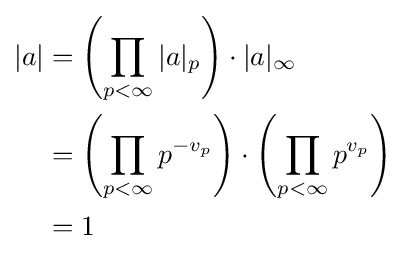
{\begin{aligned}|a|&=\left(\prod _{p<\infty }|a|_{p}\right)\cdot |a|_{\infty }\\&=\left(\prod _{p<\infty }p^{-v_{p}}\right)\cdot \left(\prod _{p<\infty }p^{v_{p}}\right)\\&=1\end{aligned}}